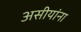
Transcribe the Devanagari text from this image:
असीयांना